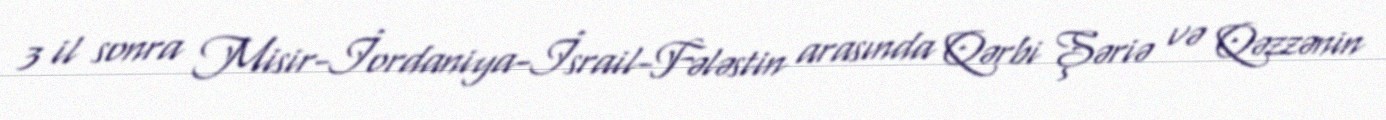
3 il sonra Misir-İordaniya-İsrail-Fələstin arasında Qərbi Şəriə və Qəzzənin